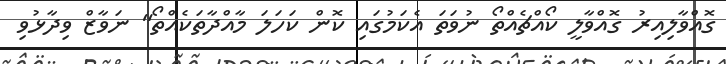
ގޮއްވާލިއިރު ގޮއްވާލީ ކޯއްޗެއްތޯ ނުވަތަ އެކަމުގައި ކޮން ކަހަލަ މާއްދާތަކެއްތޯ" ނަވާޒް ވިދާޅުވި